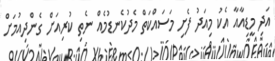
އަދި މީޑިއާއާ އެކު މިއަދު ފެށި މަސައްކަތް މެދުކެނޑުމެއް ނެތި ކުރިއަށް ގެންދިއުމަށް